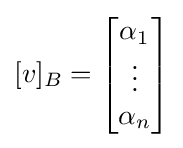
[v]_{B}={\begin{bmatrix}\alpha _{1}\\\vdots \\\alpha _{n}\end{bmatrix}}